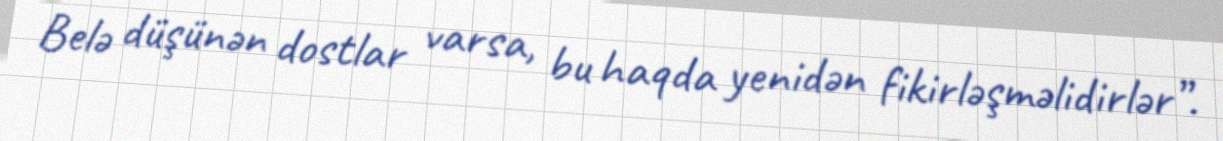
Belə düşünən dostlar varsa, bu haqda yenidən fikirləşməlidirlər”.